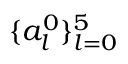
\{ a _ { l } ^ { 0 } \} _ { l = 0 } ^ { 5 }